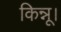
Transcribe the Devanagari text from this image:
किन्नू।